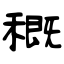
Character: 穊